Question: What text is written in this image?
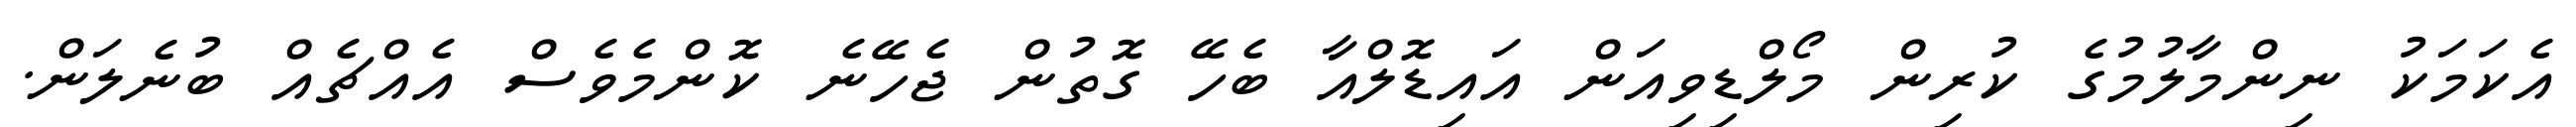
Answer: އެކަމަކު ނިންމާލުމުގެ ކުރިން މޯލްޑިވިއަން އައިޑޮލްއާ ބެހޭ ގޮތުން ޖެހޭނެ ކޮންމެވެސް އެއްޗެއް ބުނެލަން.